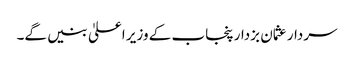
سردار عثمان بزدار پنجاب کے وزیر اعلیٰ بنیں گے۔